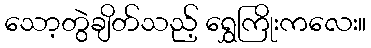
သော့တွဲချိတ်သည့် ရွှေကြိုးကလေး။